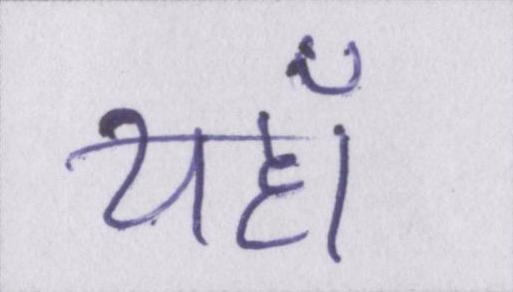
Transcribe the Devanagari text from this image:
यहाँ